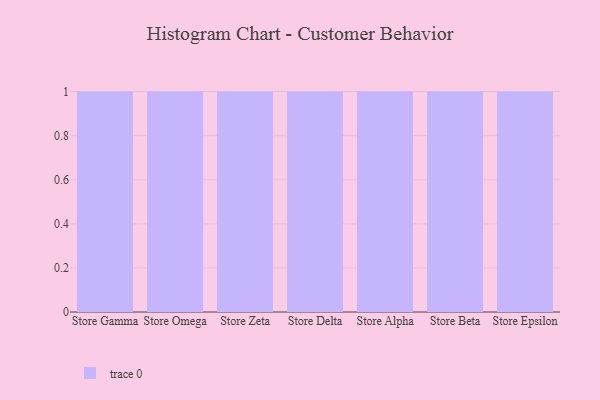
{"axis": {"x": "Store", "y": "Demand Index"}, "legend": [""], "data": [{"x": "Store Gamma", "y": 31, "type": ""}, {"x": "Store Omega", "y": 59, "type": ""}, {"x": "Store Zeta", "y": 43, "type": ""}, {"x": "Store Delta", "y": 57, "type": ""}, {"x": "Store Alpha", "y": 1, "type": ""}, {"x": "Store Beta", "y": 73, "type": ""}, {"x": "Store Epsilon", "y": 25, "type": ""}]}